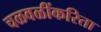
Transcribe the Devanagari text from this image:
चळवळींकरिता